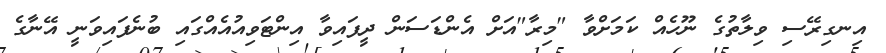
އިނގިރޭސި ވިލާތުގެ ނޫހެއް ކަމަށްވާ "މިރާ"އަށް އެންޑަސަން ދީފައިވާ އިންޓަވިއުއެއްގައި ބުނެފައިވަނީ އޭނާގެ